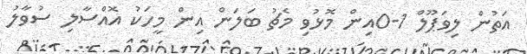
އަތުން ލިވަޕޫލް 1-0އިން މޮޅުވި މެޗު ބަލަން އިން މީހަކު އޮއްސާލި ސުވާލު